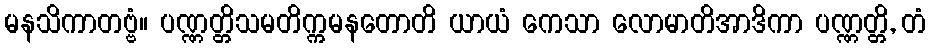
မနသိကာတဗ္ဗံ။ ပဏ္ဏတ္တိသမတိက္ကမနတောတိ ယာယံ ကေသာ လောမာတိအာဒိကာ ပဏ္ဏတ္တိ, တံ